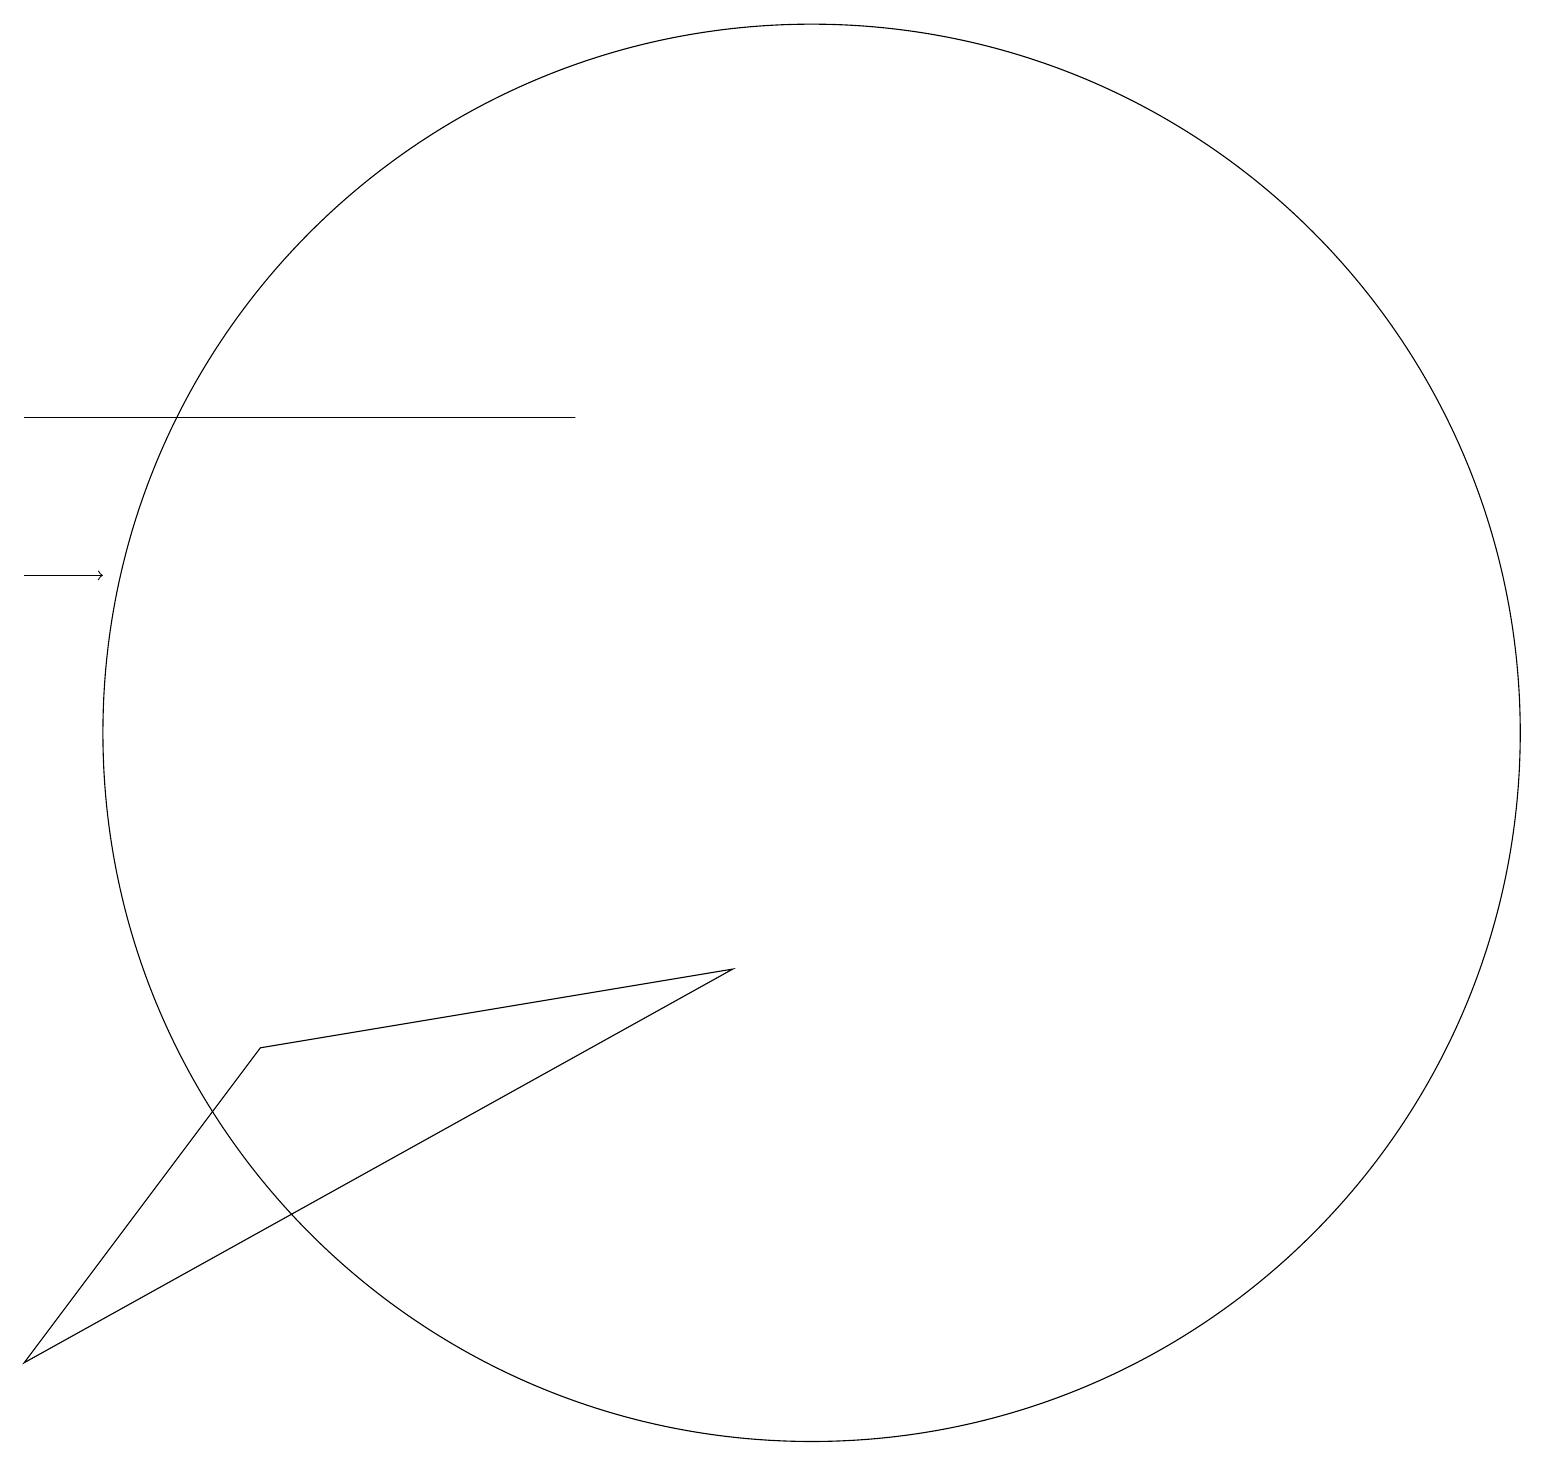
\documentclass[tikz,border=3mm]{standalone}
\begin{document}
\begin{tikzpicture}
\draw[->] (0,13) -- (1,13);
\draw (0,15) rectangle (7,15);
\draw (10,11) circle (9);
\draw (3,7) -- (0,3) -- (9,8) -- cycle;
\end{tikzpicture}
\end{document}